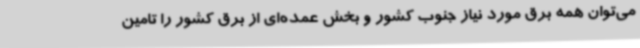
می‌توان همه برق مورد نیاز جنوب کشور و بخش عمده‌ای از برق کشور را تامین